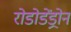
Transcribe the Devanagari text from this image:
रोडोडेंड्रोन